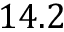
1 4 . 2